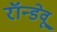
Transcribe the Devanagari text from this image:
रॉन्डेवू